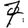
Digit: 7